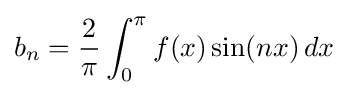
b_{n}={\frac {2}{\pi }}\int _{0}^{\pi }f(x)\sin(nx)\,dx